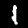
Label: 1